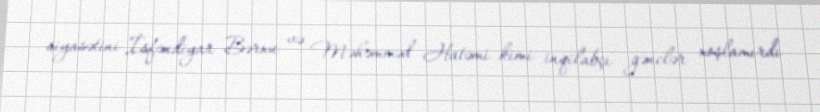
siyasətini İsfəndiyar Bərxu və Məhəmməd Hatəmi kimi inqilabçı gənclər xoşlamırdı